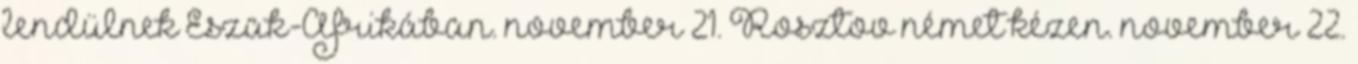
lendülnek Észak-Afrikában. november 21. Rosztov német kézen. november 22.